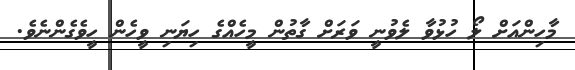
މާހިންއަށް ލޯ ހުޅުވާ ލެވުނީ ވަރަށް ގާތުން މީހެއްގެ ހިޔަނި ވީހެން ހީވެގެންނެވެ.